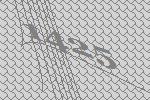
1425